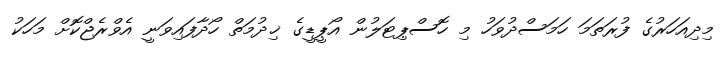
މިދިއަހަރުގެ ފުރަތަމަ ހަމަސްދުވަހު މި ހޮސްޕިޓަލުން އޯޕީޑީގެ ޚިދުމަތް ހޯދާފައިވަނީ އެވްރެޖްކޮށް މަހަކު